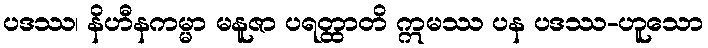
ပဒဿ၊ နိဟီနကမ္မာ မနူဇာ ပရတ္ထာတိ ဣမဿ ပန ပဒဿ-ဟူသော